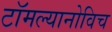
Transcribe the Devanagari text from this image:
टॉमल्यानोविच